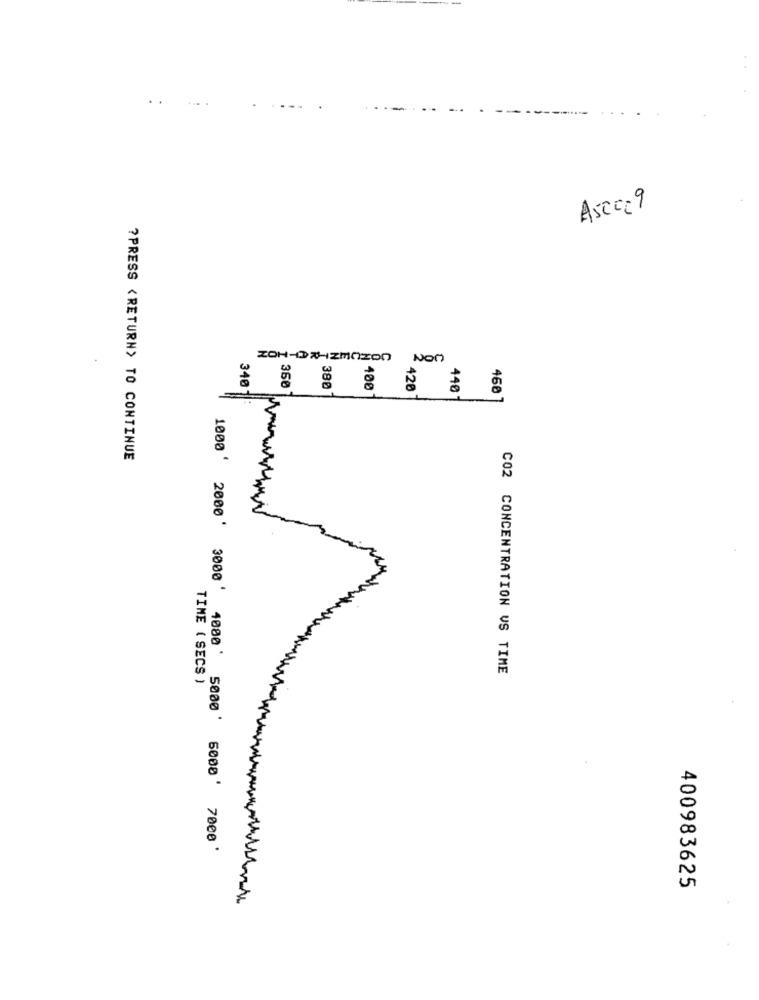
..
Asce: 9
a
340
360
380
400
420
440-
460 1
?PRESS <RETURN> TO CONTINUE
1000 ' 2000'
3000 '
C02 CONCENTRATION VS TIME
TIME ( SECS )
1000 ' 5000
6000 '
7000 '
400983625